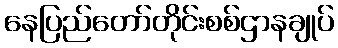
နေပြည်တော်တိုင်းစစ်ဌာနချုပ်